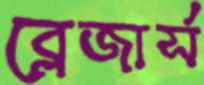
ব্লেজার্স